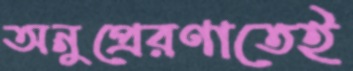
অনুপ্রেরণাতেই